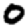
Digit: 0